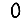
Digit: 0